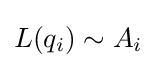
L(q_{i})\sim A_{i}